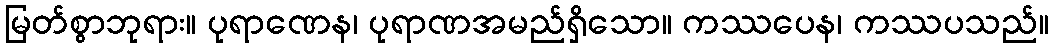
မြတ်စွာဘုရား။ ပုရာဏေန၊ ပုရာဏအမည်ရှိသော။ ကဿပေန၊ ကဿပသည်။